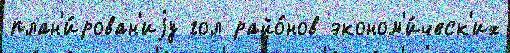
план'и́рован'иjу гол райо́нов эконом'и́ческ'их